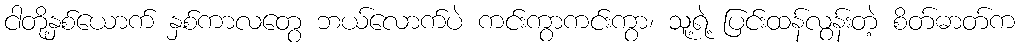
ငါတို့နှစ်ယောက် နှစ်ကာလတွေ ဘယ်လောက်ပဲ ကင်းကွာကင်းကွာ၊ သူ့ရဲ့ ပြင်းထန်လွန်းတဲ့ စိတ်ဓာတ်က